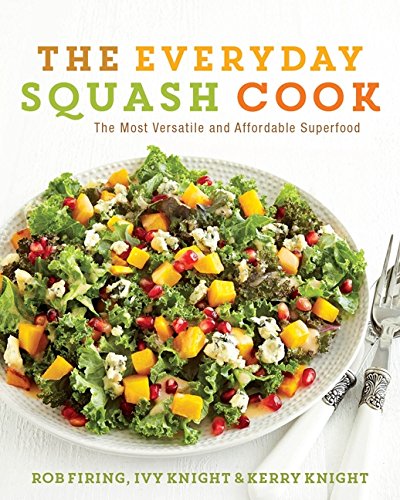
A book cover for The Everyday Squash Cook: The Most Versatile & Affordable Superfood; Rob Firing; Cookbooks, Food & Wine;